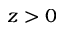
z > 0